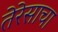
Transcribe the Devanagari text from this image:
तेरेसाचा